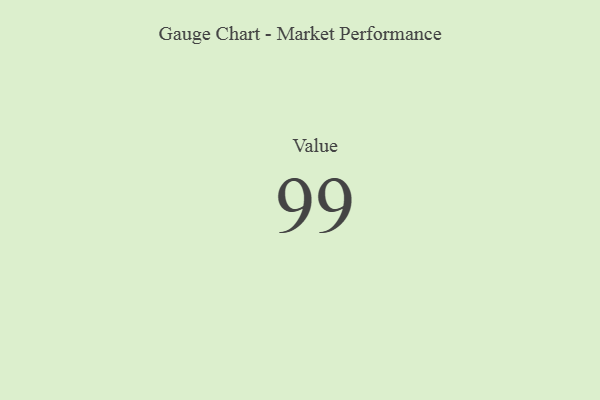
{"axis": {"x": "Metric", "y": "Value"}, "legend": [""], "data": [{"x": "Value", "y": 99, "type": ""}]}